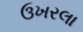
ઉખરલા